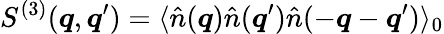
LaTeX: S^{(3)}(\boldsymbol{q},\boldsymbol{q}^{\prime})=\langle\hat{n}(\boldsymbol{q})\hat{n}(\boldsymbol{q}^{\prime})\hat{n}(-\boldsymbol{q}-\boldsymbol{q}^{\prime})\rangle_{0}